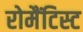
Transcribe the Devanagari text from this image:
रोमैंटिस्ट